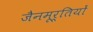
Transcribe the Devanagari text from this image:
जैनमूर्तियों